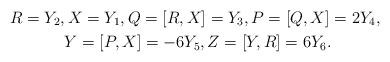
LaTeX: \begin{gather*}R = Y_2, X = Y_1, Q = [R, X] = Y_3,P = [Q, X] = 2Y_4, \ \\Y = [P ,X] = -6Y_5, Z = [Y , R ] = 6Y_6.\end{gather*}